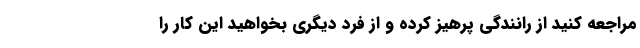
مراجعه کنید از رانندگی پرهیز کرده و از فرد دیگری بخواهید این کار را